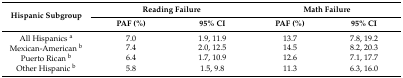
<table><thead><tr><td rowspan="2"><b>Hispanic Subgroup</b></td><td colspan="2"><b>Reading Failure</b></td><td colspan="2"><b>Math Failure</b></td></tr><tr><td><b>PAF (%)</b></td><td><b>95% CI</b></td><td><b>PAF (%)</b></td><td><b>95% CI</b></td></tr></thead><tbody><tr><td>All Hispanics <sup>a</sup></td><td>7.0</td><td>1.9, 11.9</td><td>13.7</td><td>7.8, 19.2</td></tr><tr><td>Mexican-American <sup>b</sup></td><td>7.4</td><td>2.0, 12.5</td><td>14.5</td><td>8.2, 20.3</td></tr><tr><td>Puerto Rican <sup>b</sup></td><td>6.4</td><td>1.7, 10.9</td><td>12.6</td><td>7.1, 17.7</td></tr><tr><td>Other Hispanic <sup>b</sup></td><td>5.8</td><td>1.5, 9.8</td><td>11.3</td><td>6.3, 16.0</td></tr></tbody></table>